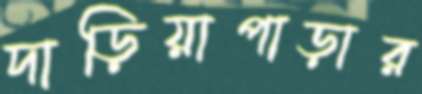
দাড়িয়াপাড়ার